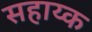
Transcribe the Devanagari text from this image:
सहाय्क